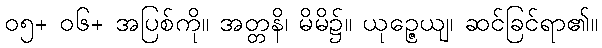
၀၅+ ၀၆+ အပြစ်ကို။ အတ္တနိ၊ မိမိ၌။ ယုဉ္ဇေယျ၊ ဆင်ခြင်ရာ၏။